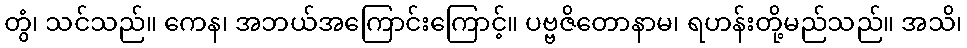
တွံ၊ သင်သည်။ ကေန၊ အဘယ်အကြောင်းကြောင့်။ ပဗ္ဗဇိတောနာမ၊ ရဟန်းတို့မည်သည်။ အသိ၊